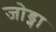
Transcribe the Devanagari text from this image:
जोड्ना